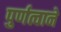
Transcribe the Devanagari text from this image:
पुर्णत्वाने